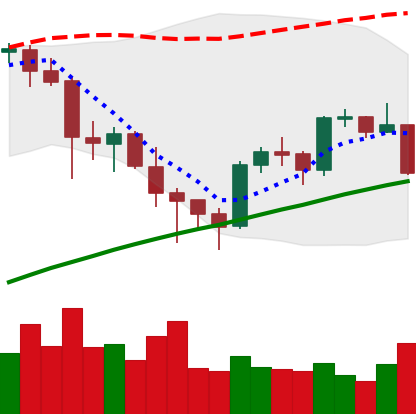
Ticker: BTC-USD
Chart end date: 2021-05-04
Forward return: 9.185%
Label: up_7plus